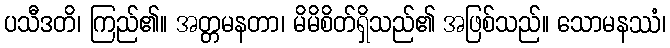
ပသီဒတိ၊ ကြည်၏။ အတ္တမနတာ၊ မိမိစိတ်ရှိသည်၏ အဖြစ်သည်။ သောမနဿံ၊